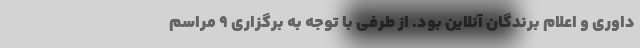
داوری و اعلام برندگان آنلاین بود. از طرفی با توجه به برگزاری ۹ مراسم